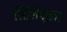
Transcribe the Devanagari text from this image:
सिलिकुला